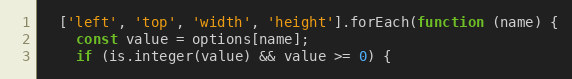
Language: JavaScript
  ['left', 'top', 'width', 'height'].forEach(function (name) {
    const value = options[name];
    if (is.integer(value) && value >= 0) {